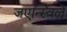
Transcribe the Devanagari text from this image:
जएन्स्विले